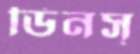
ডিনস্